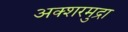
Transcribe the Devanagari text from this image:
अक्शरमुद्रा